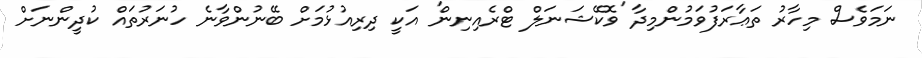
ނަމަވެސް މިހާރު ތަޢާރަފުވަމުންމިދާ 'ވޮކޭޝަނަލް ޓްރެއިނިން' އަކީ ދިރިއުޅުމަށް ބޭނުންވާނެ ހުނަރުތައް ކުދީންނަށް